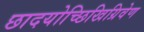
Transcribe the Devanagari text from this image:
छादयोच्छिखिग्रिवेण